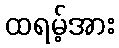
ထရမ့်အား